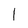
Character: 1